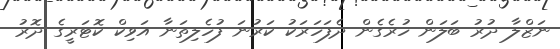
ނަޒްލާ ދުރު ބަލަން ހުރެގެން ދެފަހަރަކު ކަރުނަ ފުހެލިތަނާ އަވިކް ކޮޓަރީގެ ދޮރު